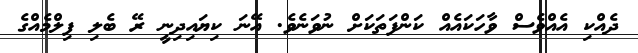
ދެއްކި އެއްވެސް ވާހަކައެއް ކަންފަތަކަށް ނުވަނެވެ. އޭނަ ކިޔައިދިނީ ރޭ ބެލި ފިލްމެއްގެ